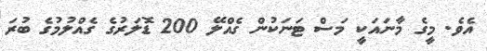
އެވެ. މީގެ މާނައަކީ މަސް ޓަނަކުން ގެއްލޭ 200 ޑޮލަރުގެ ގެއްލުމުގެ ބުރަ